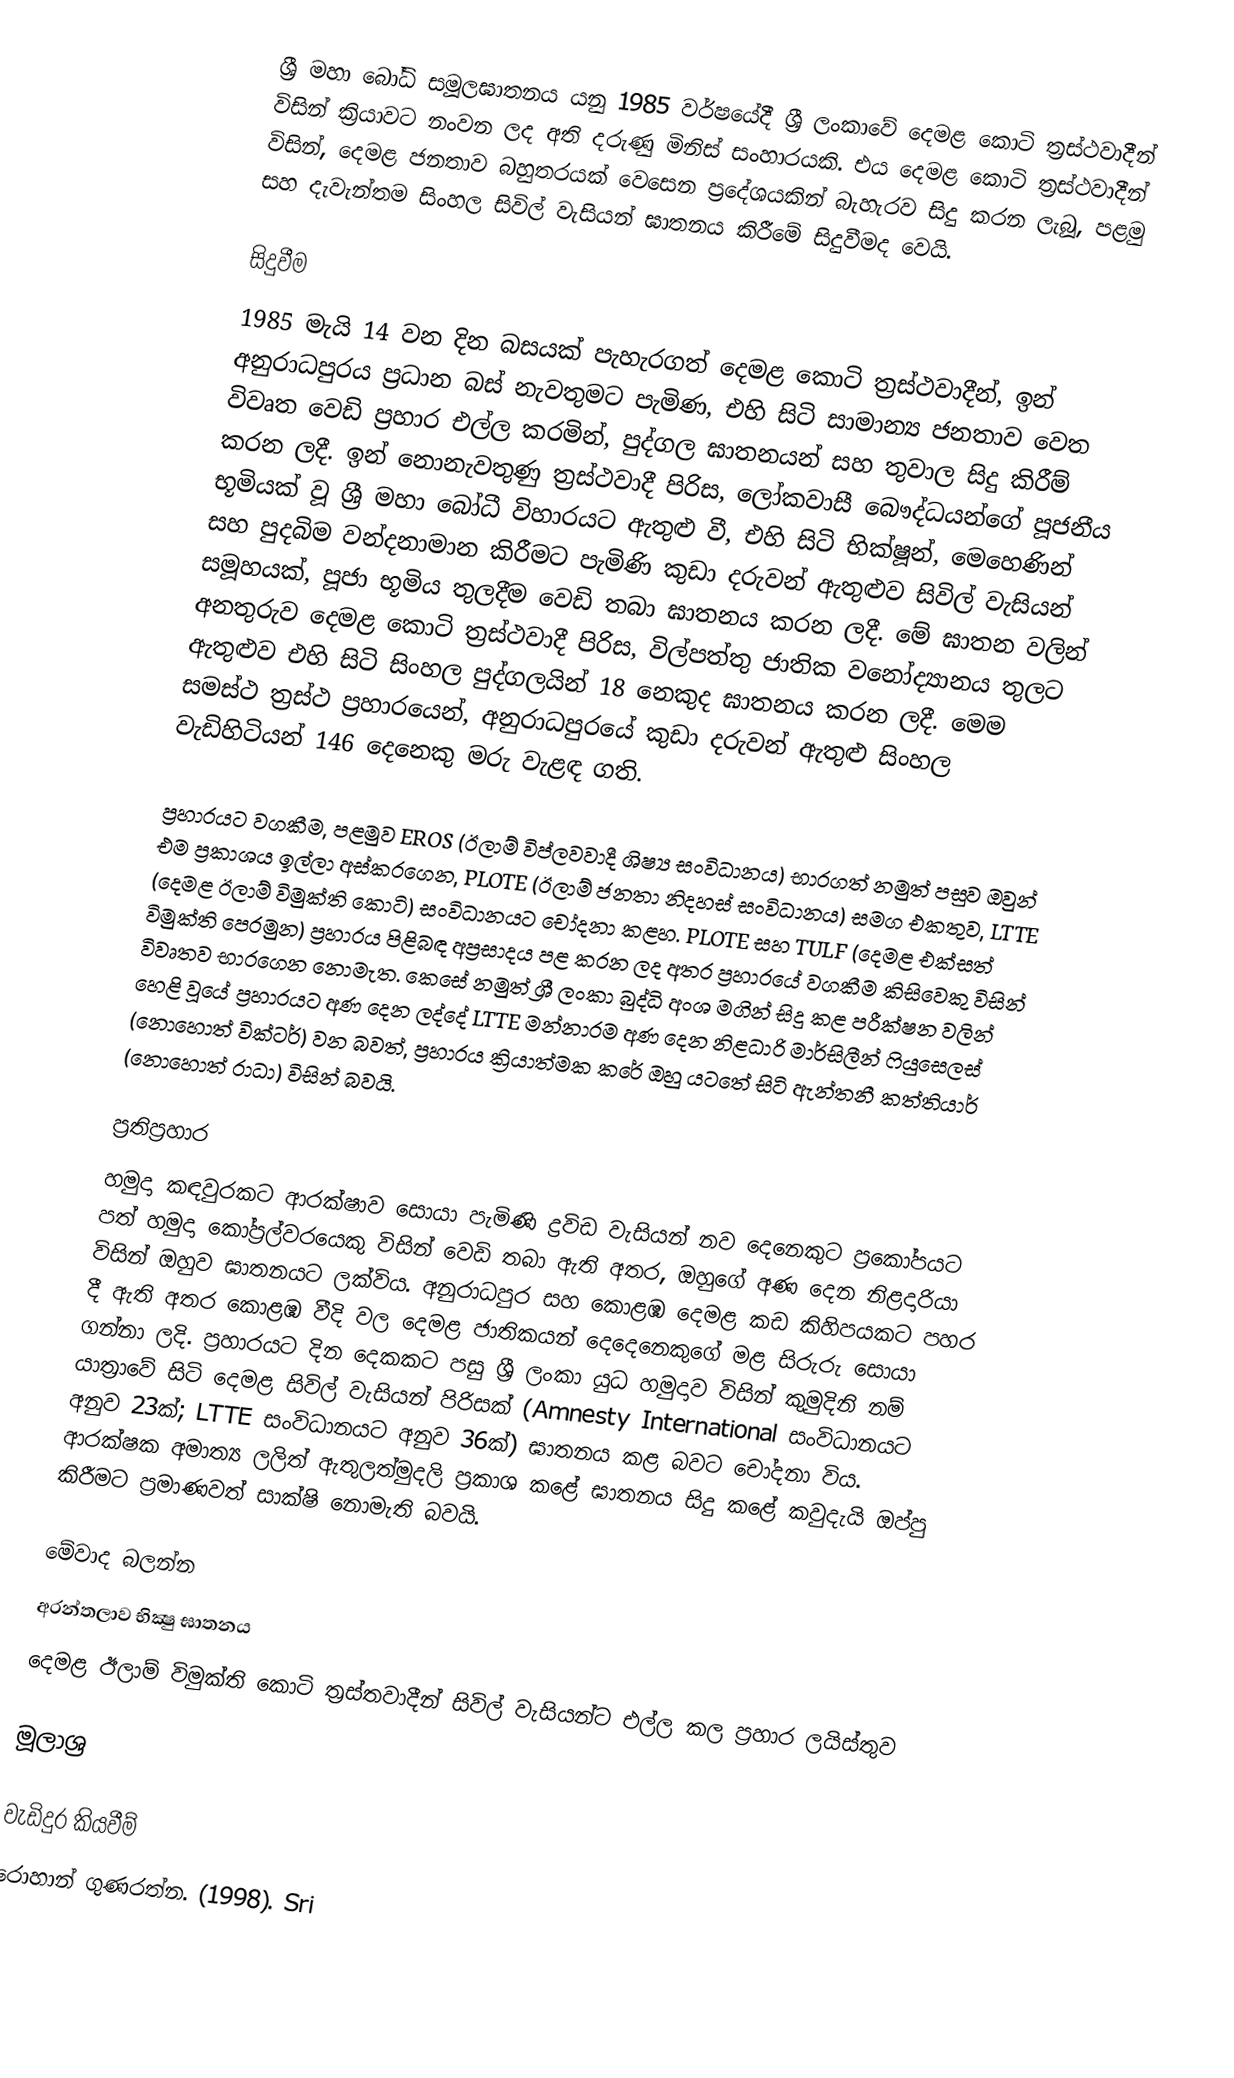
ශ්‍රී මහා බෝධි සමූලඝාතනය යනු 1985 වර්ෂයේදී ශ්‍රී ලංකාවේ දෙමළ කොටි ත්‍රස්ථවාදීන් විසින් ක්‍රියාවට නංවන ලද අති දරුණු මිනිස් සංහාරයකි. එය දෙමළ කොටි ත්‍රස්ථවාදීන් විසින්, දෙමළ ජනතාව බහුතරයක් වෙසෙන ප්‍රදේශයකින් බැහැරව සිදු කරන ලැබූ, පළමු සහ දැවැන්තම සිංහල සිවිල් වැසියන් ඝාතනය කිරීමේ සිදුවීමද වෙයි.

සිදුවීම
1985 මැයි 14 වන දින බසයක් පැහැරගත් දෙමළ කොටි ත්‍රස්ථවාදීන්, ඉන් අනුරාධපුරය ප්‍රධාන බස් නැවතුමට පැමිණ, එහි සිටි සාමාන්‍ය ජනතාව වෙත විවෘත වෙඩි ප්‍රහාර එල්ල කරමින්, පුද්ගල ඝාතනයන් සහ තුවාල සිදු කිරීම් කරන ලදී. ඉන් නොනැවතුණු ත්‍රස්ථවාදී පිරිස, ලෝකවාසී බෞද්ධයන්ගේ පූජනීය භූමියක් වූ ශ්‍රී මහා බෝධී විහාරයට ඇතුළු වී, එහි සිටි භික්ෂූන්, මෙහෙණින් සහ පුදබිම වන්දනාමාන කිරීමට පැමිණි කුඩා දරුවන් ඇතුළුව සිවිල් වැසියන් සමූහයක්, පූජා භූමිය තුලදීම වෙඩි තබා ඝාතනය කරන ලදී. මේ ඝාතන වලින් අනතුරුව දෙමළ කොටි ත්‍රස්ථවාදී පිරිස, විල්පත්තු ජාතික වනෝද්‍යානය තුලට ඇතුළුව එහි සිටි සිංහල පුද්ගලයින් 18 නෙකුද ඝාතනය කරන ලදී. මෙම සමස්ථ ත්‍රස්ථ ප්‍රහාරයෙන්, අනුරාධපුරයේ කුඩා දරුවන් ඇතුළු සිංහල වැඩිහිටියන් 146 දෙනෙකු මරු වැළඳ ගති.

ප්‍රහාරයට වගකීම, පළමුව EROS (ඊලාම් විප්ලවවාදී ශිෂ්‍ය සංවිධානය) භාරගත් නමුත් පසුව ඔවුන් එම ප්‍රකාශය ඉල්ලා අස්කරගෙන, PLOTE (ඊලාම් ජනතා නිදහස් සංවිධානය) සමග එකතුව, LTTE (දෙමළ ඊලාම් විමුක්ති කොටි) සංවිධානයට චෝදනා කළහ. PLOTE සහ TULF (දෙමළ එක්සත් විමුක්ති පෙරමුන) ප්‍රහාරය පිළිබඳ අප්‍රසාදය පළ කරන ලද අතර ප්‍රහාරයේ වගකීම කිසිවෙකු විසින් විවෘතව භාරගෙන නොමැත. කෙසේ නමුත් ශ්‍රී ලංකා බුද්ධි අංශ මගින් සිදු කළ පරීක්ෂන වලින් හෙළි වූයේ ප්‍රහාරයට අණ දෙන ලද්දේ LTTE මන්නාරම අණ දෙන නිළධාරි මාර්සිලීන් ෆියුසෙලස් (නොහොත් වික්ටර්) වන බවත්, ප්‍රහාරය ක්‍රියාත්මක කරේ ඔහු යටතේ සිටි ඇන්තනී කත්තියාර් (නොහොත් රාධා) විසින් බවයි.

ප්‍රතිප්‍රහාර
හමුදා කඳවුරකට ආරක්ෂාව සොයා පැමිණි ද්‍රවිඩ වැසියන් නව දෙනෙකුට ප්‍රකෝපයට පත් හමුදා කෝප්‍රල්වරයෙකු විසින් වෙඩි තබා ඇති අතර, ඔහුගේ අණ දෙන නිළදාරියා විසින් ඔහුව ඝාතනයට ලක්විය. අනුරාධපුර සහ කොළඹ දෙමළ කඩ කිහිපයකට පහර දී ඇති අතර කොළඹ වීදි වල දෙමළ ජාතිකයන් දෙදෙනෙකුගේ මළ සිරුරු සොයා ගන්නා ලදි. ප්‍රහාරයට දින දෙකකට පසු ශ්‍රී ලංකා යුධ හමුදාව විසින් කුමුදිනි නම් යාත්‍රාවේ සිටි දෙමළ සිවිල් වැසියන් පිරිසක් (Amnesty International සංවිධානයට අනුව 23ක්; LTTE සංවිධානයට අනුව 36ක්) ඝාතනය කළ බවට චෝදනා විය. ආරක්ෂක අමාත්‍ය ලලිත් ඇතුලත්මුදලි ප්‍රකාශ කළේ ඝාතනය සිදු කළේ කවුදැයි ඔප්පු කිරීමට ප්‍රමාණවත් සාක්ෂි නොමැති බවයි.

මේවාද බලන්න
 අරන්තලාව භික්‍ෂු ඝාතනය
 දෙමළ ඊලාම් විමුක්ති කොටි ත්‍රස්තවාදීන් සිවිල් වැසියන්ට එල්ල කල ප්‍රහාර ලයිස්තුව

මූලාශ්‍ර

වැඩිදුර කියවීම්
 රොහාන් ගුණරත්න. (1998). Sri